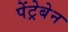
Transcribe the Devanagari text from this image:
पेंट्रेबेन